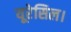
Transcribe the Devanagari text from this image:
यूरेसिल।